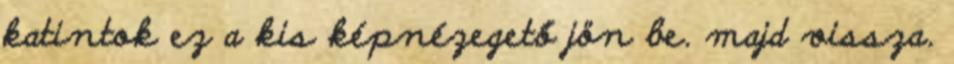
katintok ez a kis képnézegető jön be. majd vissza.